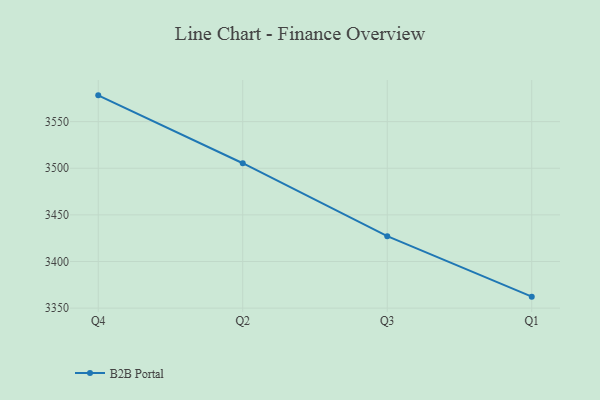
{"axis": {"x": "Quarter", "y": "Gross Profit (USD K)"}, "legend": ["B2B Portal"], "data": [{"x": "Q4", "y": 3578.2, "type": "B2B Portal"}, {"x": "Q2", "y": 3505.4, "type": "B2B Portal"}, {"x": "Q3", "y": 3427.2, "type": "B2B Portal"}, {"x": "Q1", "y": 3362.3, "type": "B2B Portal"}]}